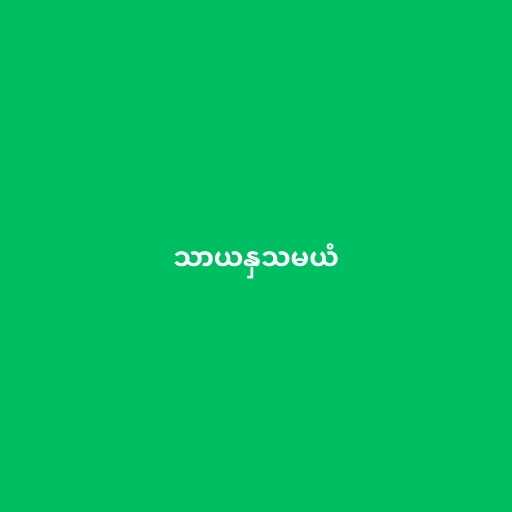
သာယနှသမယံ